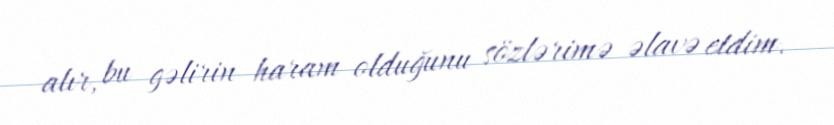
alır, bu gəlirin haram olduğunu sözlərimə əlavə etdim.